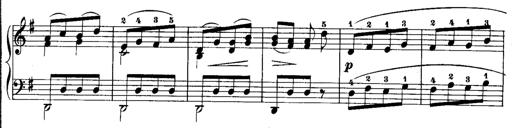
Title: Rondos and Sonatinas for Pianoforte
Composer: Daniel Steibelt